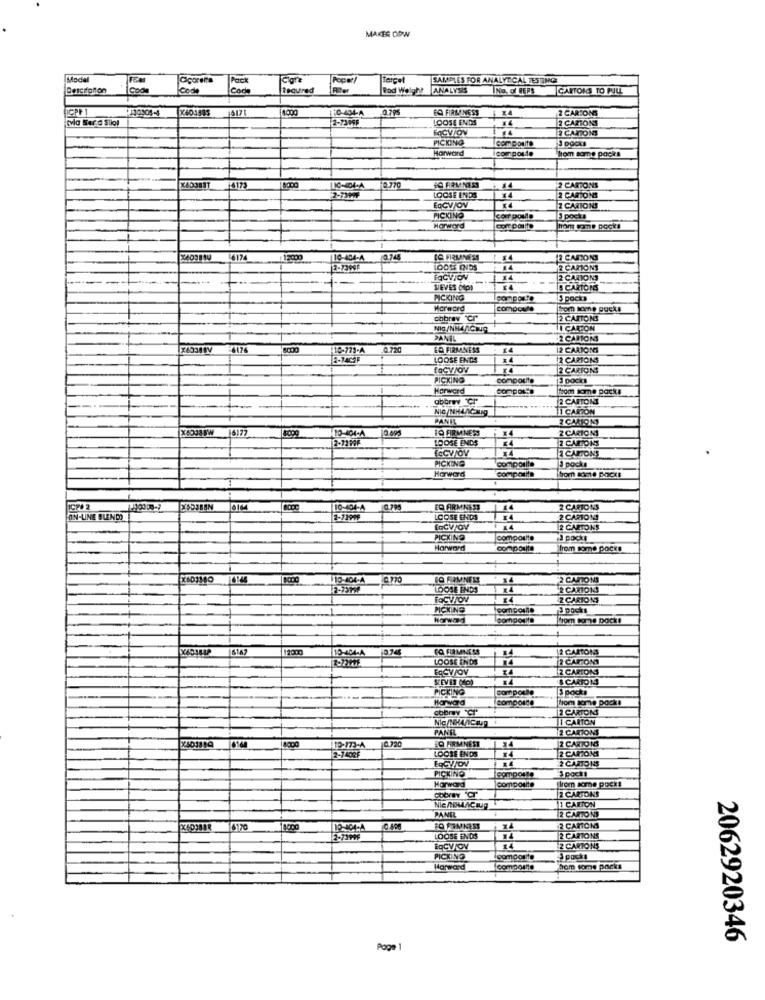
MAKES ODW
Model
Pack
SAMPLES FOR ANALYTICAL TESTING
Descitation
Code
Code
Cod
Required
Rod Welght ANALYSIS
INa, of REPS
CARTONS TO PULL
CPF 1
X403585
1517
4000
0.795
EQ FIRMNESS
2 CARTONS
byla Ser'd Sliol
LOOSE ENDS
2 CARTONS
FOCVIOV
2 CARTONS
PICKING
J Docks
Horward
comporte
lom some packs
0.770
LOOSE ENDS
2 CARTONS
2-73999
14
2 CARTONS
EOCVJOV
2 CARTONS
PICKING
com ponto
1 pocks
Horward
cort polite
hom tome Docks
16174
10-804-4
2745
2 CARTONS
LOOSS INDS
14
2 CARTONS
2 CARTONS
SIEVES CAPI
B CARTONS
PICKING
composte
5 packs
Morword
comocute
from some packs
ohbrev "Cr"
2 CARTONS
NIG/NHL ACHO
11 CARTON
PANIL
2 CAROM
110-773-A
12 CARTONS
LOOSE ENDS
2 CARTONS
LaCV/OV
2 CARTONS
PICKING
composite
3 pocks
Harward
thom some packs
abbrwy Ch"
2 CARTONI
NIG/NHLAGNES
11 CARTON
PANIE
2 CAMION
X40388W
6177
10. 001
IO FIRMNESS
2 CARTONS
10-404-4
LOOSE ENDS
2 CARTONS
24
2 CARTONS
PICKING
composite
3 packs
Harward
Composite
Thom some packs
110-404-4
EQ ARMNESS
2 CARTONS
ON-LINE BUENDO
LOOSE ENDS
2 CARTONI
[GCV/OV
2 CARTONS
PICKING
composite
3 pocke
Harward
composite
from some packs
10-404-4
FO FIMNESS
2 CARTONS
LOOSE ENDS
2 CARTONS
2 CARTONS
PICKING
3 pocks
Comporta
from tome Dock!
6147
EQ FIRMNESS
12 CARTONS
LOOSE ENDS
2 CARTONS
EqCVJOV
2 CARTONS
SEVER (10)
& CARTONS
PICKING
comporte
Harward
composta
from some packs
obbry "Cr"
2 CARTONS
Nic/NHAACIUg 1
JI CARTÓN
PANEL
2 CARTONS
0.320
2 CARTONS
LOOSE ENDS
O FIRMNEST
2 CARTONS
2-7402F
2 CARTONS
PICKING
comporte
3pock1
Harward
composite
from some pocks
2 CARTONS
1 CARTON
Nic MOMLACIUg
PANEL
2 CARTONS
6170
2 CAROM
2-73996
LOOSE ENDS
2 CARTONS
iqCV/OV
2 CARTONS
PICKING
componit
3 pochi
Harward
hom tome packs
2062920346
Page 1